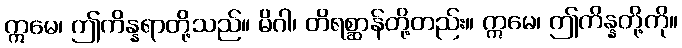
ဣမေ၊ ဤကိန္နရာတို့သည်။ မိဂါ၊ တိရစ္ဆာန်တို့တည်း။ ဣမေ၊ ဤကိန္နတို့ကို။